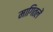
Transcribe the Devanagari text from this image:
मागितलें